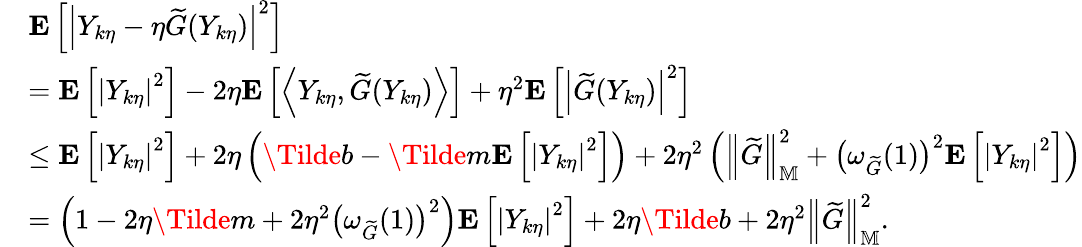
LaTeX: \begin{array}{rl}&{\mathbf{E}\left[\left|Y_{k\eta}-\eta\widetilde{G}(Y_{k\eta})\right|^{2}\right]}\\ &{=\mathbf{E}\left[\left|Y_{k\eta}\right|^{2}\right]-2\eta\mathbf{E}\left[\left\langle Y_{k\eta},\widetilde{G}(Y_{k\eta})\right\rangle\right]+\eta^{2}\mathbf{E}\left[\left|\widetilde{G}(Y_{k\eta})\right|^{2}\right]}\\ &{\le\mathbf{E}\left[\left|Y_{k\eta}\right|^{2}\right]+2\eta\left(\Tilde{b}-\Tilde{m}\mathbf{E}\left[\left|Y_{k\eta}\right|^{2}\right]\right)+2\eta^{2}\left(\left\| \widetilde{G}\right\| _{\mathbb{M}}^{2}+\left(\omega_{\widetilde{G}}(1)\right)^{2}\mathbf{E}\left[\left|Y_{k\eta}\right|^{2}\right]\right)}\\ &{=\left(1-2\eta\Tilde{m}+2\eta^{2}\left(\omega_{\widetilde{G}}(1)\right)^{2}\right)\mathbf{E}\left[\left|Y_{k\eta}\right|^{2}\right]+2\eta\Tilde{b}+2\eta^{2}\left\| \widetilde{G}\right\| _{\mathbb{M}}^{2}.}\end{array}